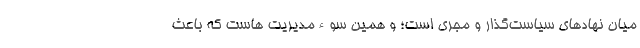
میان نهادهای سیاست‌گذار و مجری است؛ و همین سوءمدیریت هاست که باعث